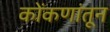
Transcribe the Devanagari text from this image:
कोंकणांतून